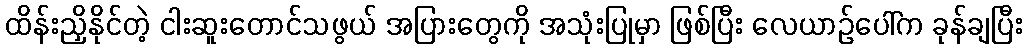
ထိန်းညှိနိုင်တဲ့ ငါးဆူးတောင်သဖွယ် အပြားတွေကို အသုံးပြုမှာ ဖြစ်ပြီး လေယာဉ်ပေါ်က ခုန်ချပြီး